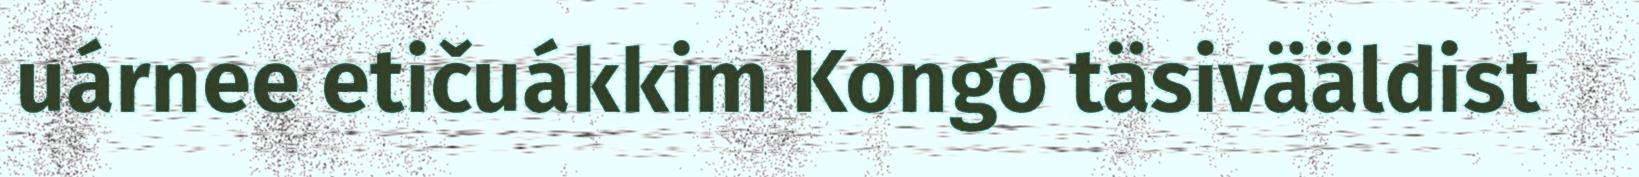
uárnee etičuákkim Kongo täsivääldist